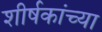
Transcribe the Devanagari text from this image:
शीर्षकांच्या